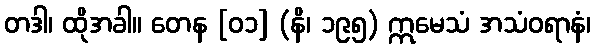
တဒါ၊ ထိုအခါ။ တေန [၀၁] (နိ၊ ၁၉၅) ဣမေသံ အသံဝရာနံ၊